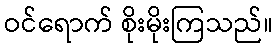
ဝင်ရောက် စိုးမိုးကြသည်။